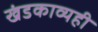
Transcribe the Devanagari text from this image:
खंडकाव्यही